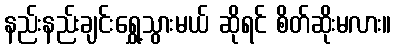
နည်းနည်းချင်းရွှေ့သွားမယ် ဆိုရင် စိတ်ဆိုးမလား။